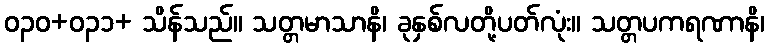
ဝ၃၀+ဝ၃၁+ သိန်သည်။ သတ္တမာသာနိ၊ ခုနှစ်လတို့ပတ်လုံး။ သတ္တပကရဏာနိ၊